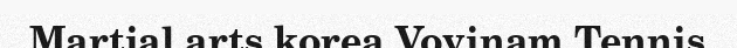
Martial arts korea Vovinam Tennis